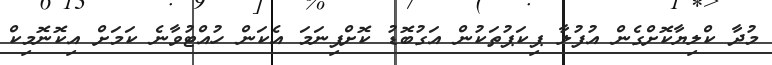
މުދާ ކްލިޔާކޮށްގެން އުފުލާ ޕިކަޕުތަކުން އަގުބޮޑު ކޮށްފިނަމަ އެކަން ހުއްޓުވާނެ ކަމަށް އިކޮނޮމިކް